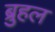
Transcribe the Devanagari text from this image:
ब्रुहल